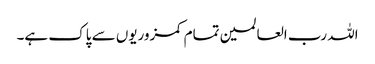
اللہ رب العالمین تمام کمزوریوں سے پاک ہے۔